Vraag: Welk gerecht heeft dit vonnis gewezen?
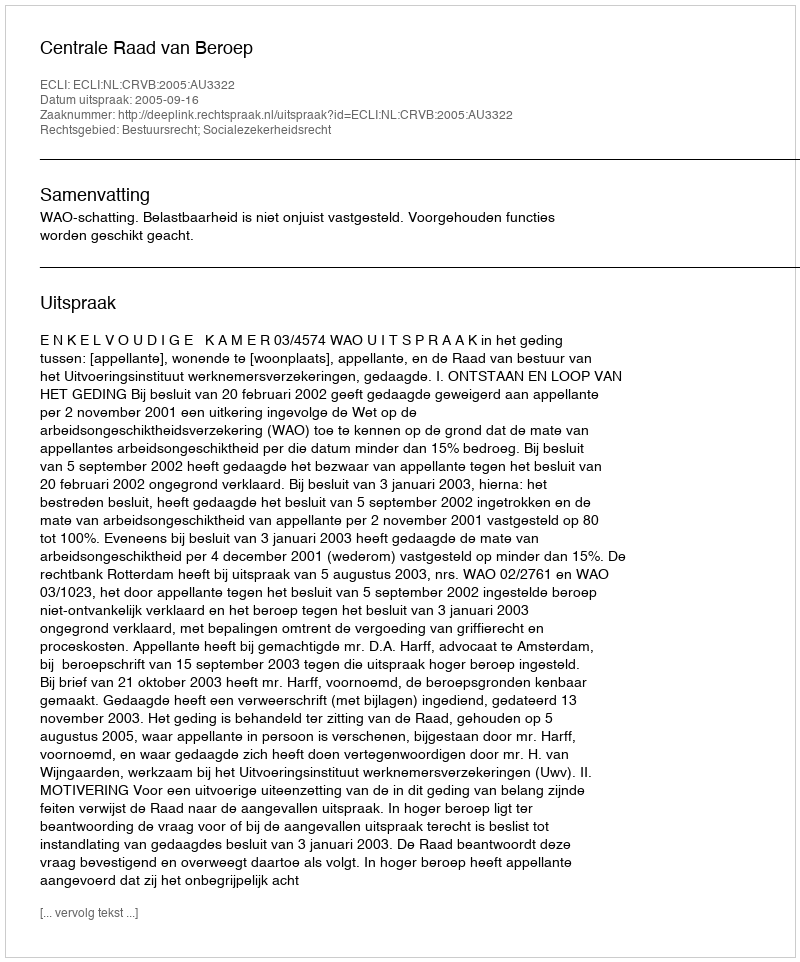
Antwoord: Centrale Raad van Beroep